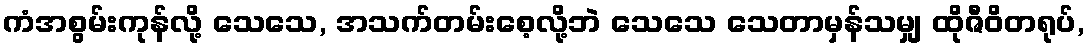
ကံအစွမ်းကုန်လို့ သေသေ, အသက်တမ်းစေ့လို့ဘဲ သေသေ သေတာမှန်သမျှ ထိုဇီဝိတရုပ်,